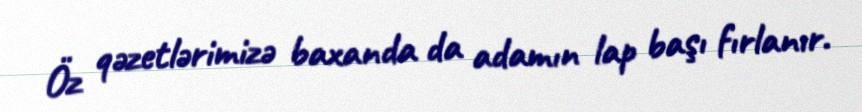
Öz qəzetlərimizə baxanda da adamın lap başı fırlanır.